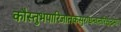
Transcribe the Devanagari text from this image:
कौस्तुभपारिजातकसुराधन्वन्तरिश्चन्द्रमाः।